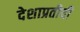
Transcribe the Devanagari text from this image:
देशाप्रतीची